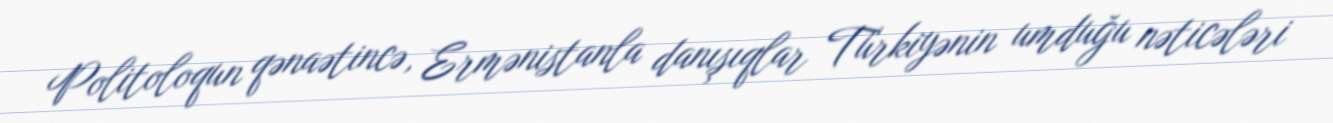
Politoloqun qənaətincə, Ermənistanla danışıqlar Türkiyənin umduğu nəticələri